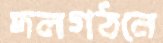
দলগঠনে